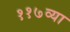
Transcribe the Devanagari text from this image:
११७व्या